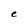
Character: e